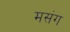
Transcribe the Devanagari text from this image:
मसंग